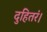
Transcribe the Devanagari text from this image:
दुहितरं।